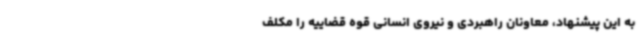
به این پیشنهاد، معاونان راهبردی و نیروی انسانی قوه قضاییه را مکلف